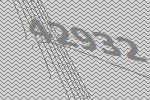
42932